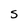
Character: S